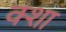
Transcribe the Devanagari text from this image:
क्शा